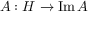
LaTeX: A : H \to \operatorname { I m } A